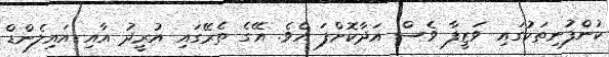
ކުންފުނިތަކުގައި ވަަޒީފާ ވެސް އަދާކޮށްފަ އެވެ. އޭގެ ތެރޭގައި އުރީދު އާއި އައިލެންޑް